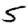
Digit: 5